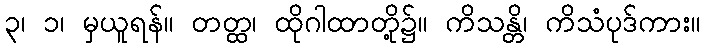
၃၊ ၁၊ မှယူရန်။ တတ္ထ၊ ထိုဂါထာတို့၌။ ကိသန္တိ၊ ကိသံပုဒ်ကား။